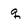
Character: q